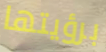
برؤيتها